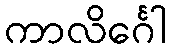
ကာလိင်္ဂေါ